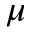
\mu